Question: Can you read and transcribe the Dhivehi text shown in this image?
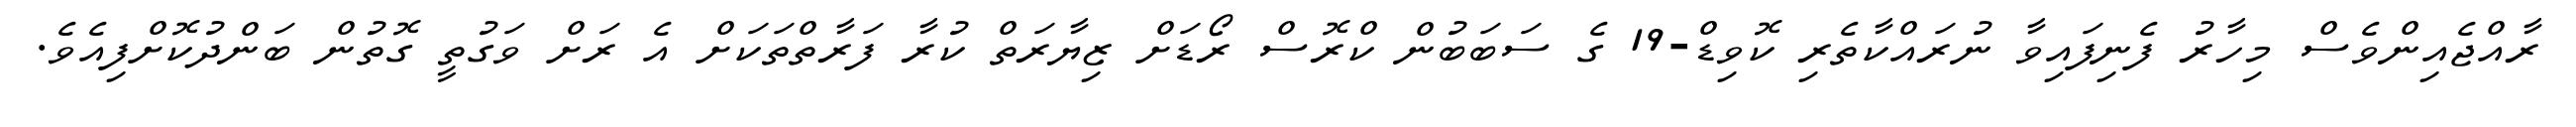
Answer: ރާއްޖެއިންވެސް މިހާރު ފެނިފައިވާ ނުރައްކާތެރި ކޮވިޑް-19 ގެ ސަބަބުން ކްރޮސް ރޯޑަށް ޒިޔާރަތް ކުރާ ފަރާތްތަކަށް އެ ރަށް ވަގުތީ ގޮތުން ބަންދުކޮށްފިއެވެ.